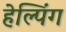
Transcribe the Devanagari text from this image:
हेल्पिंग